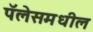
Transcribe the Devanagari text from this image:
पॅलेसमधील